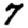
Digit: 7